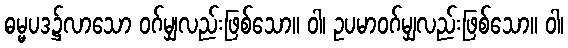
ဓမ္မပဒ၌လာသော ဝဂ်မျှလည်းဖြစ်သော။ ဝါ၊ ဥပမာဝဂ်မျှလည်းဖြစ်သော။ ဝါ၊